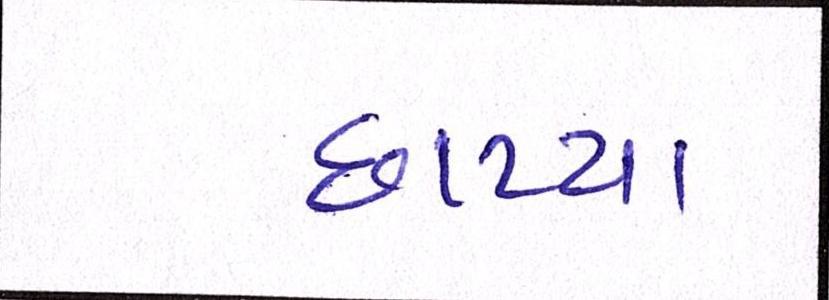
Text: છાપ્યા